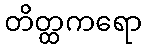
တိတ္ထကရော